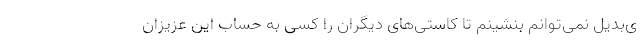
ی‌بدیل نمی‌توانم بنشینم تا کاستی‌های دیگران را کسی به حساب این عزیزان